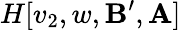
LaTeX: H[v_{2},w,\mathbf{B}^{\prime},\mathbf{A}]